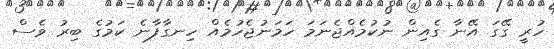
ހުރީ ގޭގަ އޭނާ ގެއިން ނުކުމެއްޖެނަމަ ހަމަނުޖެހުމެއް ހިނގާފާނެ ކަމުގެ ބިރު ވެސް